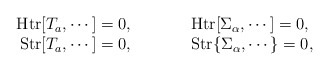
\begin{align*}\begin{array}{rcl} \mbox{Htr}[T_a , \cdots]=0, &{\qquad}& \mbox{Htr}[\Sigma_\alpha , \cdots]=0, \\ \mbox{Str}[T_a , \cdots]=0, &{\qquad}& \mbox{Str}\{\Sigma_\alpha , \cdots\}=0, \\ \end{array} \end{align*}